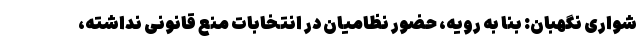
شواری نگهبان: بنا به رویه، حضور نظامیان در انتخابات منع قانونی نداشته،